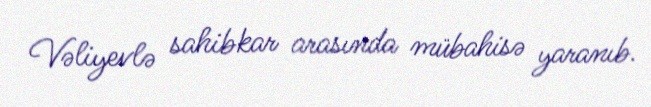
Vəliyevlə sahibkar arasında mübahisə yaranıb.